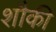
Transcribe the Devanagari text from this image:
शौकी